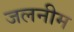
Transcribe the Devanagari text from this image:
जलनीम